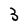
Character: 3